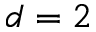
d = 2